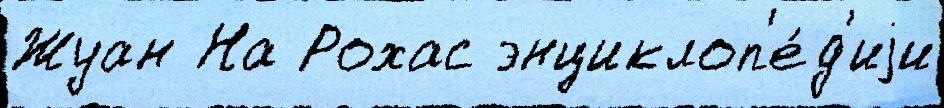
Жуан На Рохас энциклоп'е́д'иjи